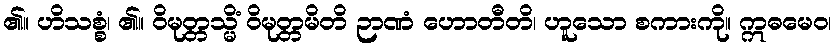
၏။ ဟိသစ္စံ၊ ၏။ ဝိမုတ္တသ္မိံ ဝိမုတ္တမိတိ ဉာဏံ ဟောတီတိ၊ ဟူသော စကားကို။ ဣဓမေဝ၊